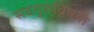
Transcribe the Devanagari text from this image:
सदगुरुंविषयी